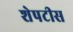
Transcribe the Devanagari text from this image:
शेपटीस